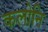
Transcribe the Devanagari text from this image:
कलोनि